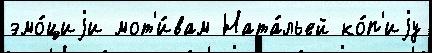
эмо́циjи мот'и́вам Ната́льей ко́п'иjу